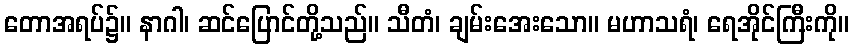
တောအရပ်၌။ နာဂါ၊ ဆင်ပြောင်တို့သည်။ သီတံ၊ ချမ်းအေးသော။ မဟာသရံ၊ ရေအိုင်ကြီးကို။